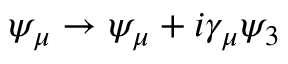
\psi _ { \mu } \rightarrow \psi _ { \mu } + i \gamma _ { \mu } \psi _ { 3 }